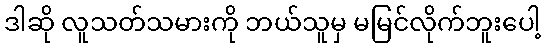
ဒါဆို လူသတ်သမားကို ဘယ်သူမှ မမြင်လိုက်ဘူးပေါ့